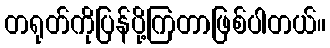
တရုတ်ကိုပြန်ပို့ကြတာဖြစ်ပါတယ်။